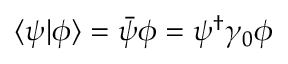
\langle \psi | \phi \rangle = { \bar { \psi } } \phi = \psi ^ { \dagger } \gamma _ { 0 } \phi